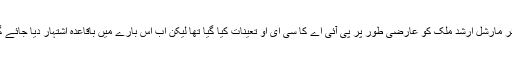
ایئر مارشل ارشد ملک کو عارضی طور پر پی آئی اے کا سی ای او تعینات کیا گیا تھا لیکن اب اس بارے میں باقاعدہ اشتہار دیا جائے گا۔